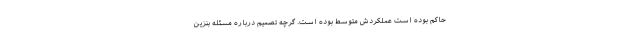
حاکم بوده است عملکردش متوسط بوده است. گرچه تصمیم درباره مسئله بنزین